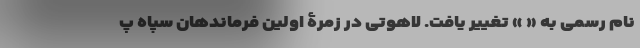
نام رسمی به « » تغییر یافت. لاهوتی در زمرۀ اولین فرماندهان سپاه پ